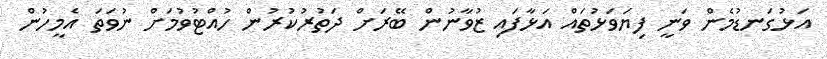
އަޅުގަނޑުމެން ވަނީ ފިޔަވަޅުތައް އަޅާފައި ޒުވާނުން ބޭރަށް ދަތުރުކުރުން ހުއްޓުވުމަށް ނުވަތަ އެމީހުން